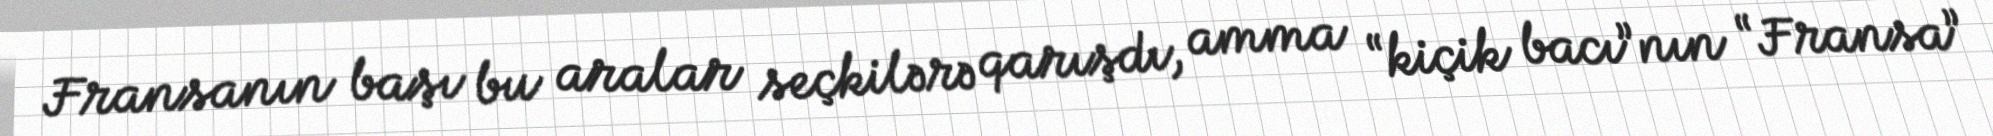
Fransanın başı bu aralar seçkilərə qarışdı, amma “kiçik bacı”nın “Fransa”